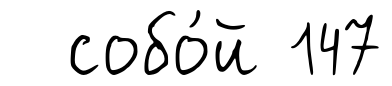
собо́й 147